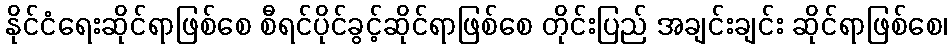
နိုင်ငံရေးဆိုင်ရာဖြစ်စေ စီရင်ပိုင်ခွင့်ဆိုင်ရာဖြစ်စေ တိုင်းပြည် အချင်းချင်း ဆိုင်ရာဖြစ်စေ၊